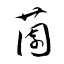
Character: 薗